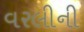
વરલીની